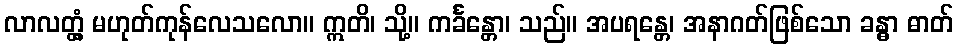
လာလတ္တံ့ မဟုတ်ကုန်လေသလော။ ဣတိ၊ သို့။ ကင်္ခန္တော၊ သည်။ အပရန္တေ၊ အနာဂတ်ဖြစ်သော ခန္ဓာ ဓာတ်